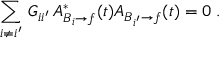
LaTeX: \sum _ { i \not = i ^ { \prime } } \, G _ { i i ^ { \prime } } \, A _ { B _ { i } \to f } ^ { * } ( t ) A _ { B _ { i ^ { \prime } } \to f } ( t ) = 0 \; .